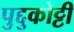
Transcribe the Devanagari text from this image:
पुद्दुकोट्टी